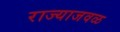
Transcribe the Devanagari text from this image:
राज्याजवळ